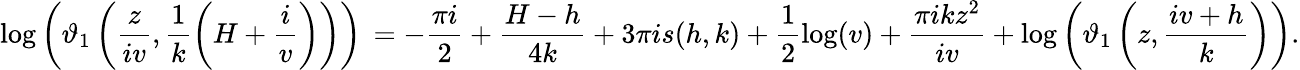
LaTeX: \log\left(\vartheta_{1}\left(\frac{z}{iv},\frac{1}{k}\left(H+\frac{i}{v}\right)\right)\right)\, =-\frac{\pi i}{2}+\frac{H-h}{4k}+3\pi is(h,k)+\frac{1}{2}\log(v)+\frac{\pi ikz^{2}}{iv}+\log\left(\vartheta_{1}\left(z,\frac{iv+h}{k}\right)\right).